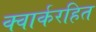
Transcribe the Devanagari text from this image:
क्वार्करहित